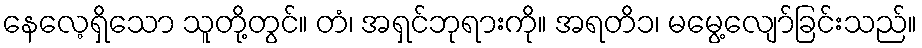
နေလေ့ရှိသော သူတို့တွင်။ တံ၊ အရှင်ဘုရားကို။ အရတိ၁၊ မမွေ့လျော်ခြင်းသည်။